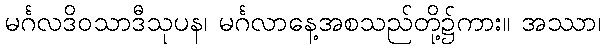
မင်္ဂလဒိဝသာဒီသုပန၊ မင်္ဂလာနေ့အစသည်တို့၌ကား။ အဿာ၊